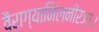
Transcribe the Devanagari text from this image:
वैराग्यानिलनीरजाः।